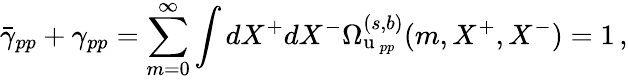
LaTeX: \bar{\gamma}_{pp}+\gamma_{pp}=\sum_{m=0}^{\infty}\int dX^{+}dX^{-}\Omega_{\mathrm{u}\, _{pp}}^{(s,b)}(m,X^{+},X^{-})=1\, ,